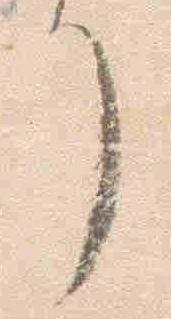
了